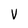
Character: v